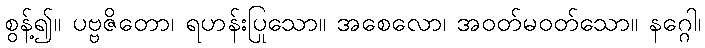
စွန့်၍။ ပဗ္ဗဇိတော၊ ရဟန်းပြုသော။ အစေလော၊ အဝတ်မဝတ်သော။ နဂ္ဂေါ၊